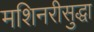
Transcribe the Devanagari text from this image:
मशिनरीसुद्धा